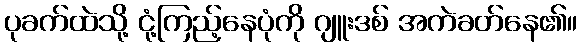
ပုခက်ထဲသို့ ငုံ့ကြည့်နေပုံကို ဂျူးဒစ် အကဲခတ်နေ၏။